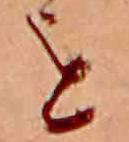
を